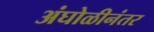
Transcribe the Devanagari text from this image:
अंघोळीनंतर